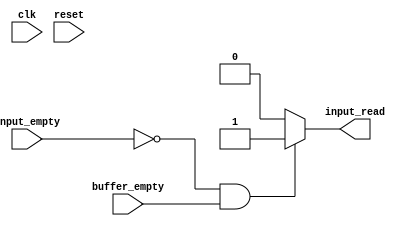
/*

File:  input_controller.v
Desciption: Responsible for handling input data to the input module. 

Checks if input data is avaialable and virtual channel buffers are available
data to be read. Once the condition is verified sends read signal
to the input side data.
    
Here the buffer empty is a AND of empty of all the virtual channels 

NOTE: Can we make this for each of the buffers , taking into account the vc_select as well
    
*/


module input_controller(
    input clk,
    input reset,
    input wire input_empty,
    input wire buffer_empty,
    output reg input_read
);

    always @ (*)begin
        if (input_empty == 1'b0  && buffer_empty ==1'b1)
            input_read = 1'b1;
        else
            input_read = 1'b0;
    end

endmodule